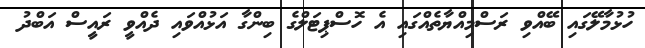
ހުޅުމާލޭގައި ބޭއްވި ރަސްމިއްޔާތެއްގައި އެ ހޮސްޕިޓަލްގެ ބިންގާ އަޅުއްވައި ދެއްވީ ރައީސް އަބްދު